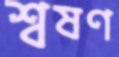
শ্বষণ